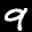
Label: 9